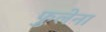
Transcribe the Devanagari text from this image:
फुलेना